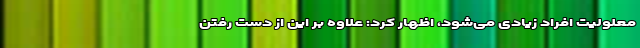
معلولیت افراد زیادی می‌­شود، اظهار کرد: علاوه بر این از دست رفتن